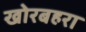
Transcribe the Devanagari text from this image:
खोरबहरा